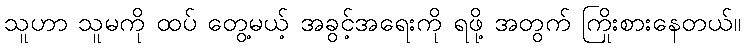
သူဟာ သူမကို ထပ် တွေ့မယ့် အခွင့်အရေးကို ရဖို့ အတွက် ကြိုးစားနေတယ်။